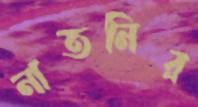
নাতনির